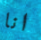
انا